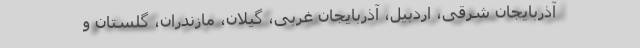
آذربایجان شرقی، اردبیل، آذربایجان غربی، گیلان، مازندران، گلستان و